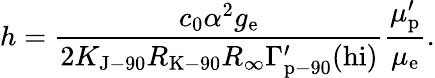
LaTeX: h={\frac{c_{0}\alpha^{2}g_{\mathrm{{e}}}}{2K_{\mathrm{{J-90}}}R_{\mathrm{{K-90}}}R_{\infty}\Gamma_{\mathrm{{p-90}}}^{\prime}(\mathrm{{hi}})}}{\frac{\mu_{\mathrm{{p}}}^{\prime}}{\mu_{\mathrm{{e}}}}}.